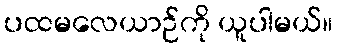
ပထမလေယာဉ်ကို ယူပါမယ်။